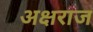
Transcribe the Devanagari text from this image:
अक्षराज